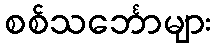
စစ်သင်္ဘောများ